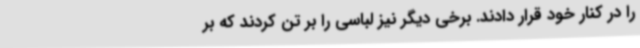
را در کنار خود قرار دادند. برخی دیگر نیز لباسی را بر تن کردند که بر